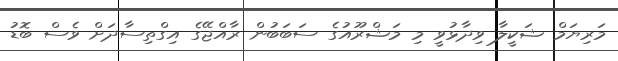
މަރިޔަމް ޝަކީލާ ވިދާޅުވީ މި މަޝްރޫއުގެ ސަބަބުން ރާއްޖޭގެ އިގްތިސާދަށް ވެސް ބޮޑު